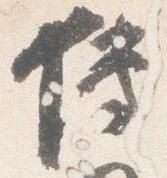
伝